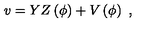
v = Y Z \left( \phi \right) + V \left( \phi \right) \ ,